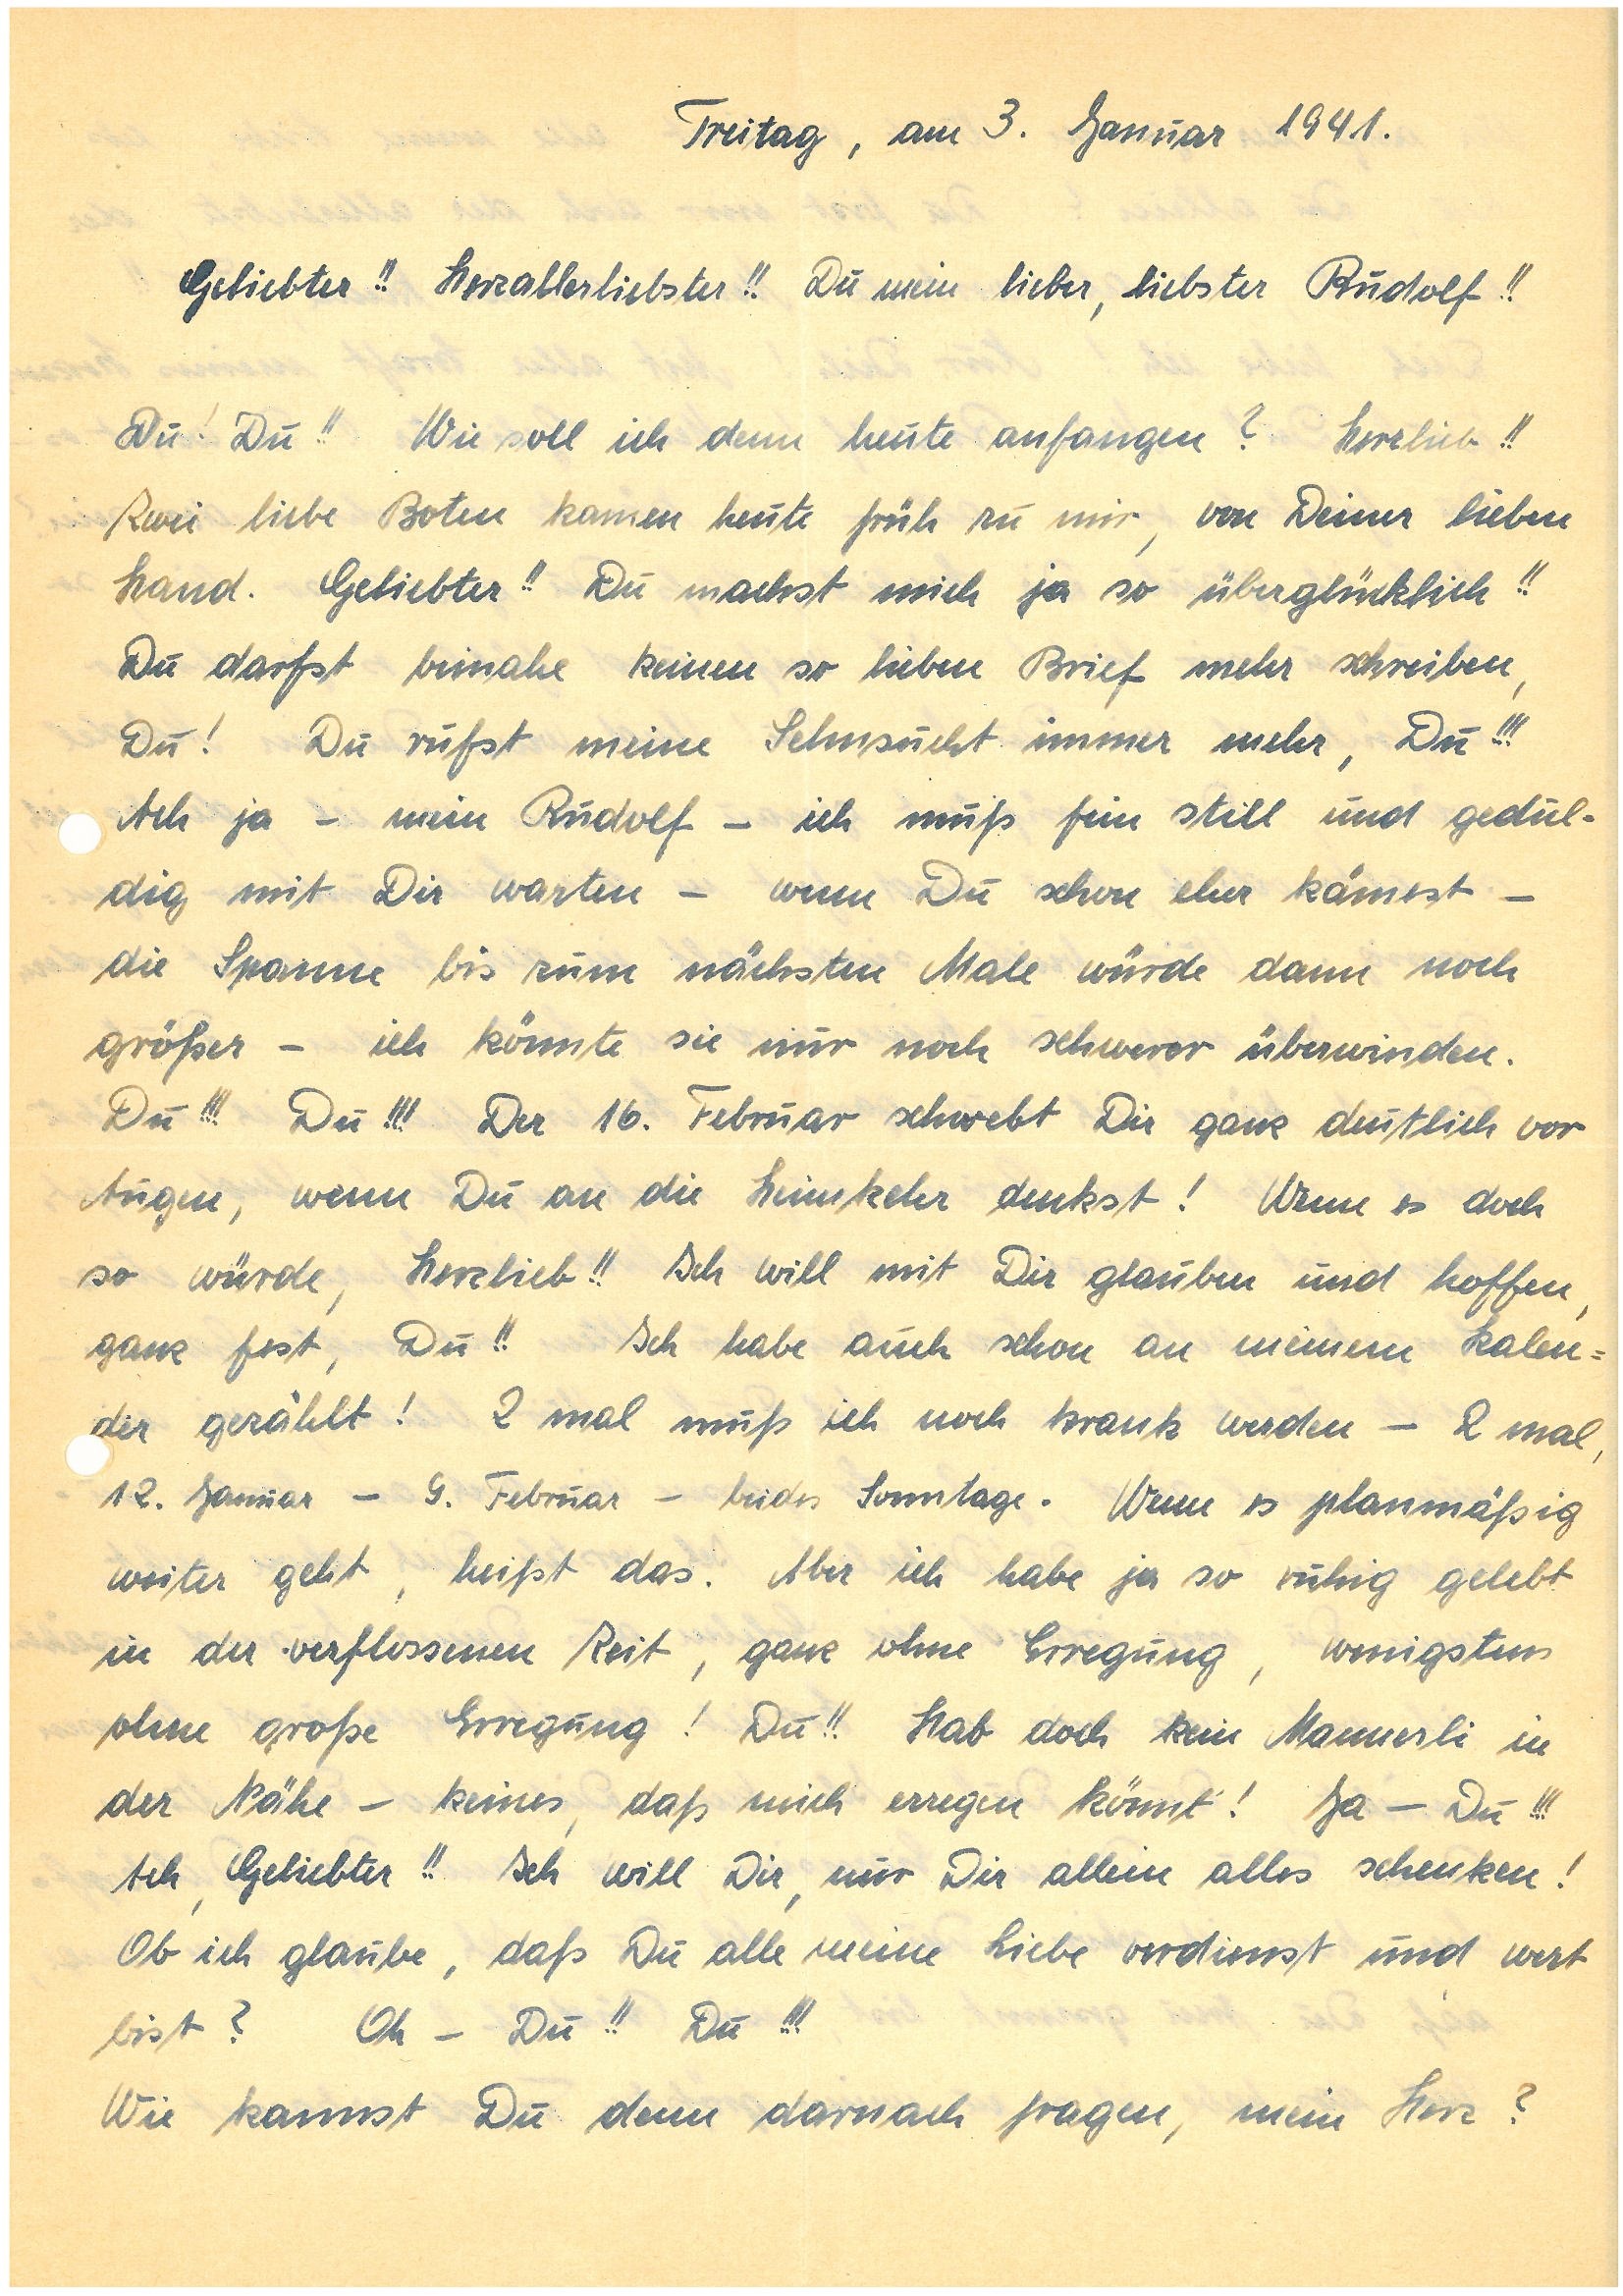
Freitag, am 3. Januar 1941.
Geliebter!! Herzallerliebster!! Du mein lieber, liebster !!
Du! Du!! Wie soll ich denn heute anfangen? Herzlieb!!
Zwei liebe Boten kamen heute früh zu mir, von Deiner lieben
Hand. Geliebter!! Du machst mich ja so überglücklich!!
Du darfst beinahe keinen so lieben Brief mehr schreiben,
Du! Du rufst meine Sehnsucht immer mehr, Du!!!
Ach ja – mein – ich muß fein still und gedul¬
dig mit Dir warten – wenn Du schon eher kämest –
die Spanne bis zum nächsten Male würde dann noch
größer – ich könnte sie nur noch schwer überwinden.
Du!!! Du!!! Der 16. Februar schwebt Dir ganz deutlich vor
Augen, wenn Du an die Heimkehr denkst! Wenn es doch
so würde, Herzlieb!! Ich will mit Dir glauben und hoffen,
ganz fest, Du!!Ich habe auch schon an meinem Kalen¬
der gezählt. 2 mal muß ich noch krank werden – 2 mal,
12. Januar – 9. Februar – beides Sonntage. Wenn es planmäßig
weiter geht, heißt das. Aber ich habe ja so ruhig gelebt
in der verflossenen Zeit, ganz ohne Erregung, wenigstens
ohne große Erregung! Du!! Hab doch kein Mannerli in
der Nähe – keines, daß mich erregen könnt’! Ja — Du!!!
Ach, Geliebter!! Ich will Dir, nur Dir allein alles schenken!
Ob ich glaube, daß Du alle meine Liebe verdienst und wert
bist? Oh – Du!! Du!!!
Wie kannst Du denn darnach fragen, mein Herz?